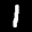
Label: 1